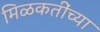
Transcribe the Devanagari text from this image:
मिळकतींच्या